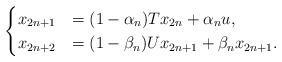
LaTeX: \begin{align*}\begin{cases}x_{2n+1}&=(1-\alpha_n)Tx_{2n} + \alpha_n u,\\x_{2n+2}&=(1-\beta_n)Ux_{2n+1} + \beta_nx_{2n+1}.\end{cases}\end{align*}